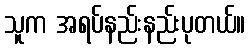
သူက အရပ်နည်းနည်းပုတယ်။